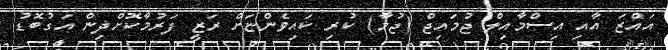
އައްޒަ އާއި އިސްމާއިލް ޖުމައިޖް (ޖުމާ) ކުރި ކައިވެންޏަށް ރަޒީ ފަރުމާކޮށްދިން އަގުބޮޑު